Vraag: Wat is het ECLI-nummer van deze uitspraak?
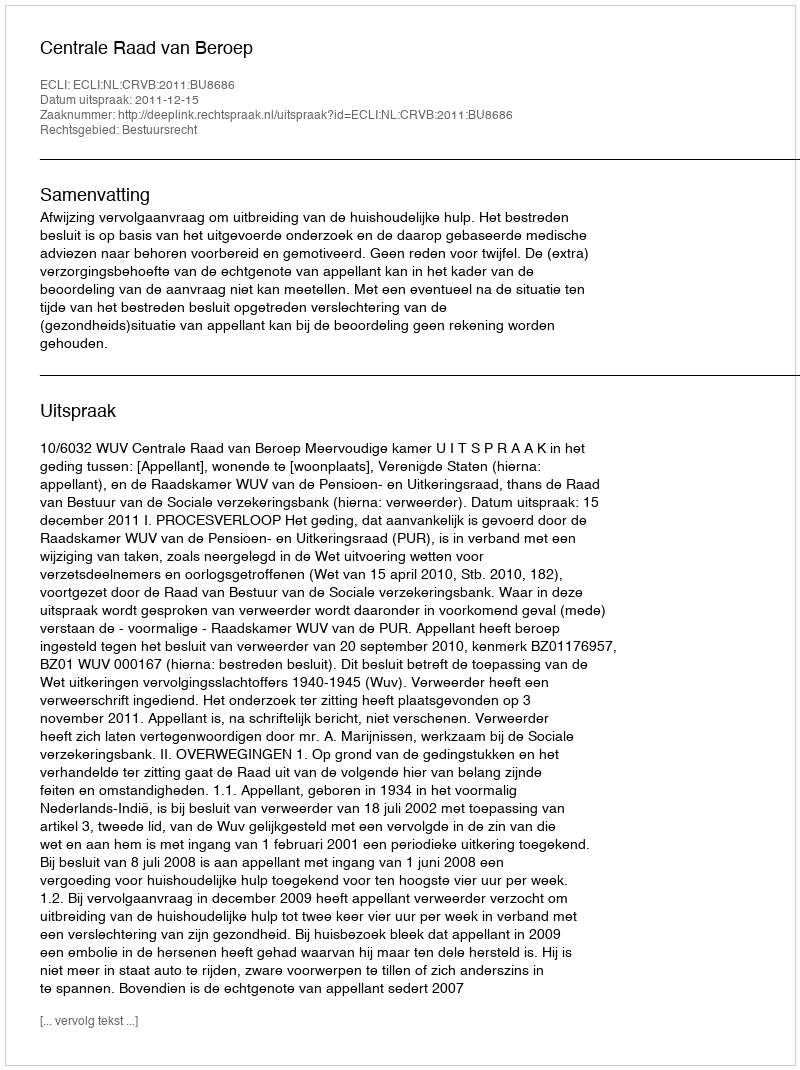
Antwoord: ECLI:NL:CRVB:2011:BU8686